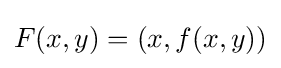
F(x,y)=(x,f(x,y))